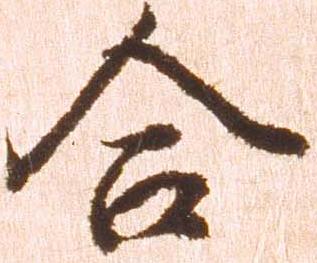
合